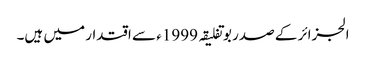
الجزائر کے صدر بوتفلیقہ 1999ء سے اقتدار میں ہیں۔